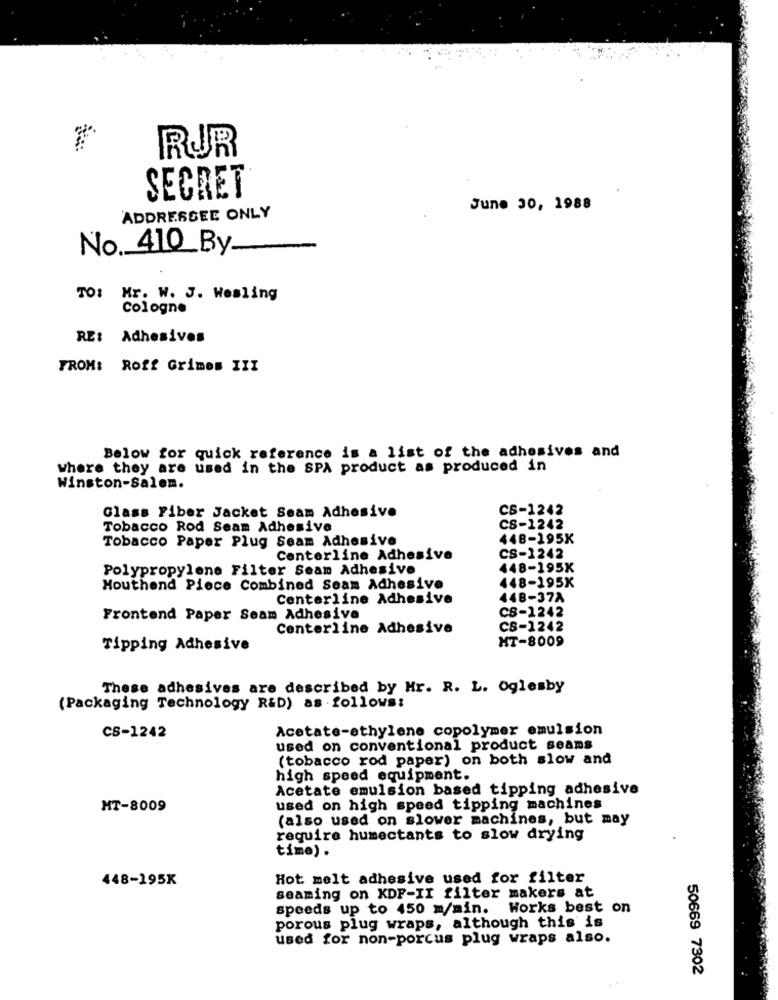
RUR
SECRET
June 30, 1988
ADDRESSEE ONLY
No. 410 By
TO: Mr. W. J. Wesling
Cologne
RE:
Adhesivos
FROM: Roff Grimes III
Below for quick reference is a list of the adhesives and
where they are used in the SPA product as produced in
Winston-Salem.
CS-1242
Glass Fiber Jacket Seam Adhesive
Tobacco Rod Seam Adhesive
CS-1242
Tobacco Paper Plug Seam Adhesive
448-195K
Centerline Adhesive
CS-1242
Polypropylene Filter Seam Adhesive
448-195X
448-195K
Mouthend Piece Combined Seam Adhesive
Centerline Adhesive
448-37A
CS-1242
Frontend Paper Seam Adhesive
Centerline Adhesive
CS-1242
HT-8009
Tipping Adhesive
These adhesives are described by Mr. R. L. Oglesby
(Packaging Technology R&D) as follows:
Acetate-ethylene copolymer emulsion
CS-1242
used on conventional product seams
(tobacco rod paper) on both slow and
high speed equipment.
Acetate emulsion based tipping adhesive
MT-8009
used on high speed tipping machines
(also used on slower machines, but may
require humectants to slow drying
time) .
448-195K
Hot melt adhesive used for filter
seaming on KDF-II filter makers at
speeds up to 450 m/min. Works best on
porous plug wraps, although this is
used for non-porcus plug wraps also.
50669 7302